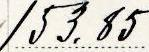
153.85